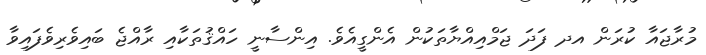
މުރާޖައާ ކުރަން އދ ފަދަ ޖަމްއިއްޔާތަކުން އެންގީއެވެ. އިންސާނީ ހައްޤުތަކާއި ރާއްޖެ ބައިވެރިވެފައިވާ